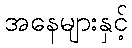
အနေများနှင့်